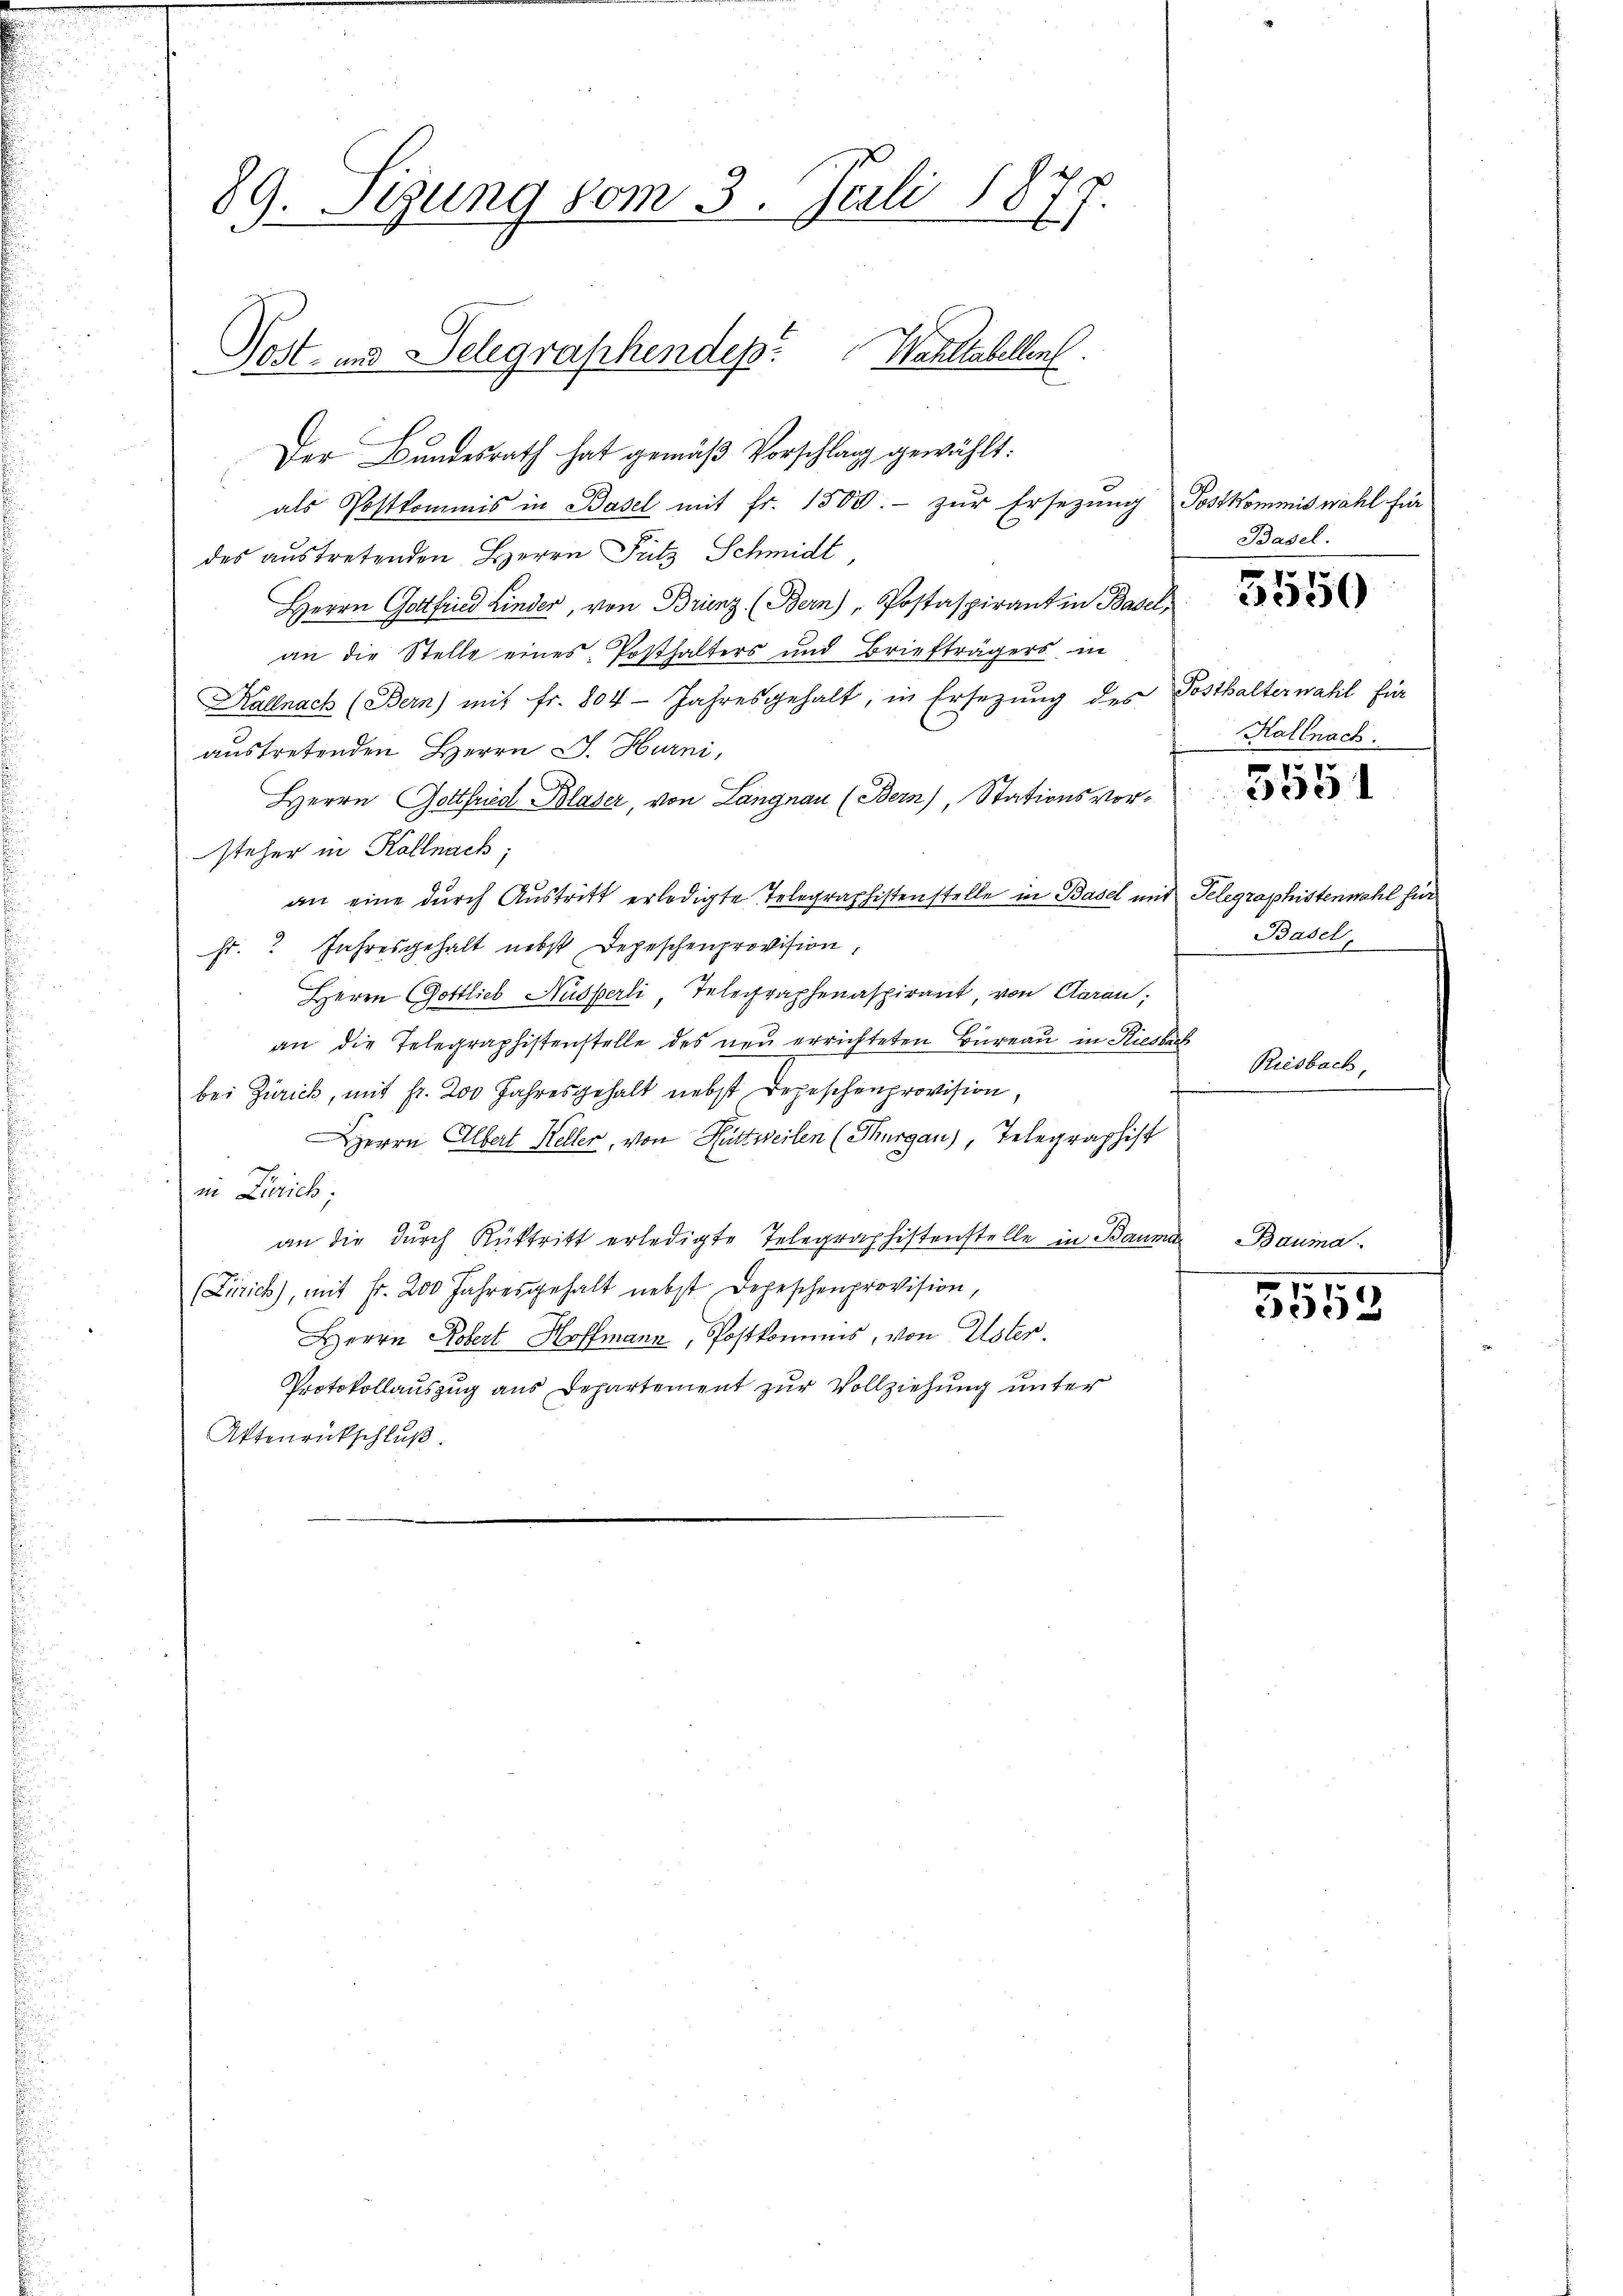
89. Sizung vom 3. Juli 18
E
Post- und Delegraphendep. Wahltabellent

Der Bundesrath hat gemäß Vorschlag gewählt:
als Postkommis in Basel mit fr. 1500.- zŭr Ersezung Postkommiswahl für
des austretenden Herrn Putz Schmidt
Herrn Gottfried Kinder, von Brinz (Bern), Postaspirant in Basel,
an die Stelle eines Posthalters und Briefträgers in
Kallnach (Bern) mit fr. 804 Jahresgehalt, in Ersetzung des Posthalterwahl für
austretenden Herrn J. Hurni,
Herrn Gottfried Blaser, von Langnau (Bern), Stationsvorsteher in Kollnach;
an eine durch Austritt erledigte Telegraphistenstelle in Basel mit Telegraphistenwahl für
Fr." Jahresgehalt nebst Depeschenprovision,
Herrn Gottlieb Husperli, Telegraphenaspirant, von Aarau,
an die Telegraphistenstelle des neŭ errichteten Büreaŭ in Riesbach
bei Zürich, mit Fr. 200 Jahresgehalt nebst Depeschenprovision.
Herrn Albert Keller, von Huttweilen (Thurgau), Telegraphist
in Zürich;
an die durch Rücktritt erledigte Telegraphistenstelle in Bauma
(Linrich), mit Fr. 200 Jahresgehalt nebst Depeschenprovision,
Herrn obert Hoffmann, Postkommis, von Ester.
Protokollauszug aus Departement zur Vollziehung unter
Aktenrückschluß.

Basel.

7 pr
30

Kallnach.
1

2

Basel

Riesbach,

Bauma.

57
5552